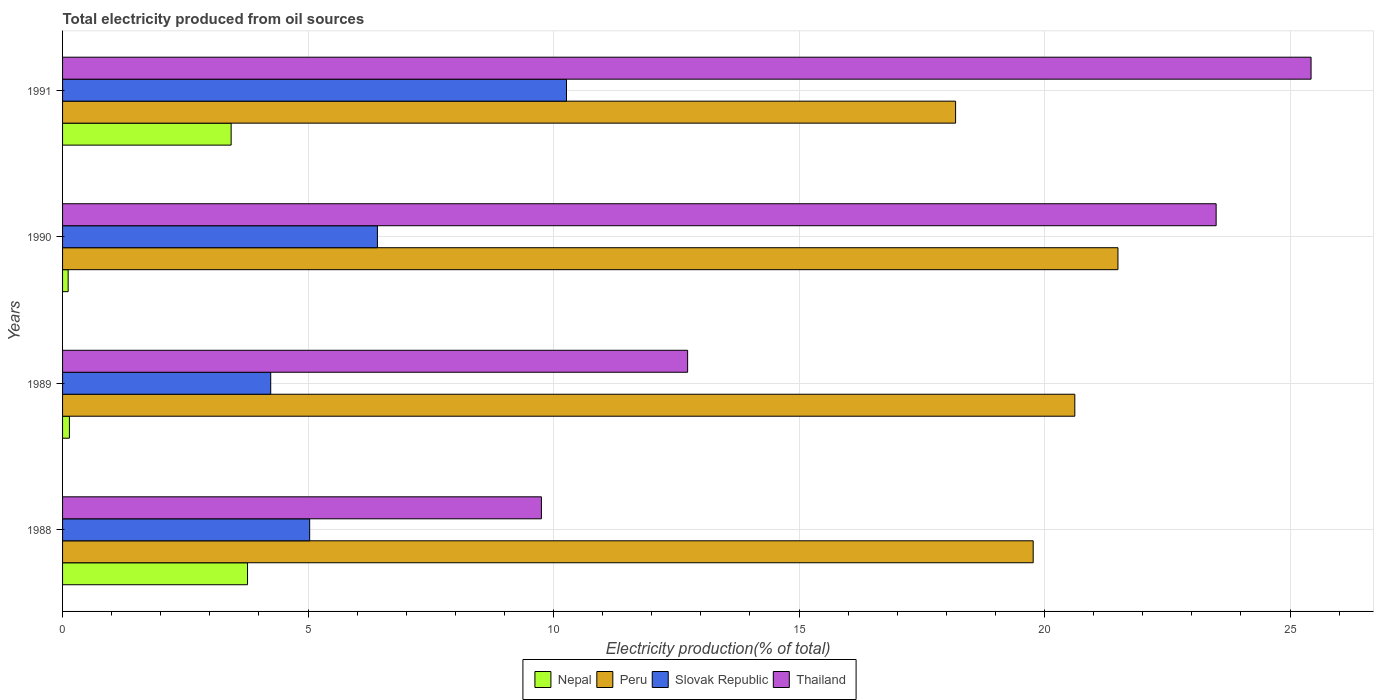
| Years | Nepal | Peru | Slovak Republic | Thailand |
 | --- | --- | --- | --- | --- |
 | 1988 | 3.77 | 19.8 | 5.03 | 9.75 |
 | 1989 | 0.14 | 20.6 | 4.24 | 12.7 |
 | 1990 | 0.114 | 21.5 | 6.41 | 23.5 |
 | 1991 | 3.43 | 18.2 | 10.3 | 25.4 |